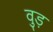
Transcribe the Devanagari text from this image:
वुड़